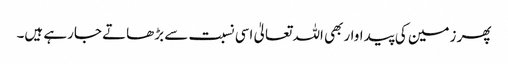
پھر زمین کی پیداواربھی اللہ تعالیٰ اسی نسبت سے بڑھاتے جارہے ہیں۔